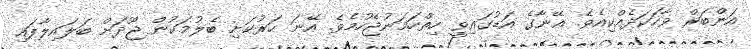
އަންބަރް ވާހަކަދެއްކިއެވެ. އޭނާގެ އަޑުގައިވީ ހިތްހަމަނުޖެހުމެވެ. އޭނަ ހަރުކަށި ބެލުމަކުން ޖޫދަށް ބަލައިލާފައި